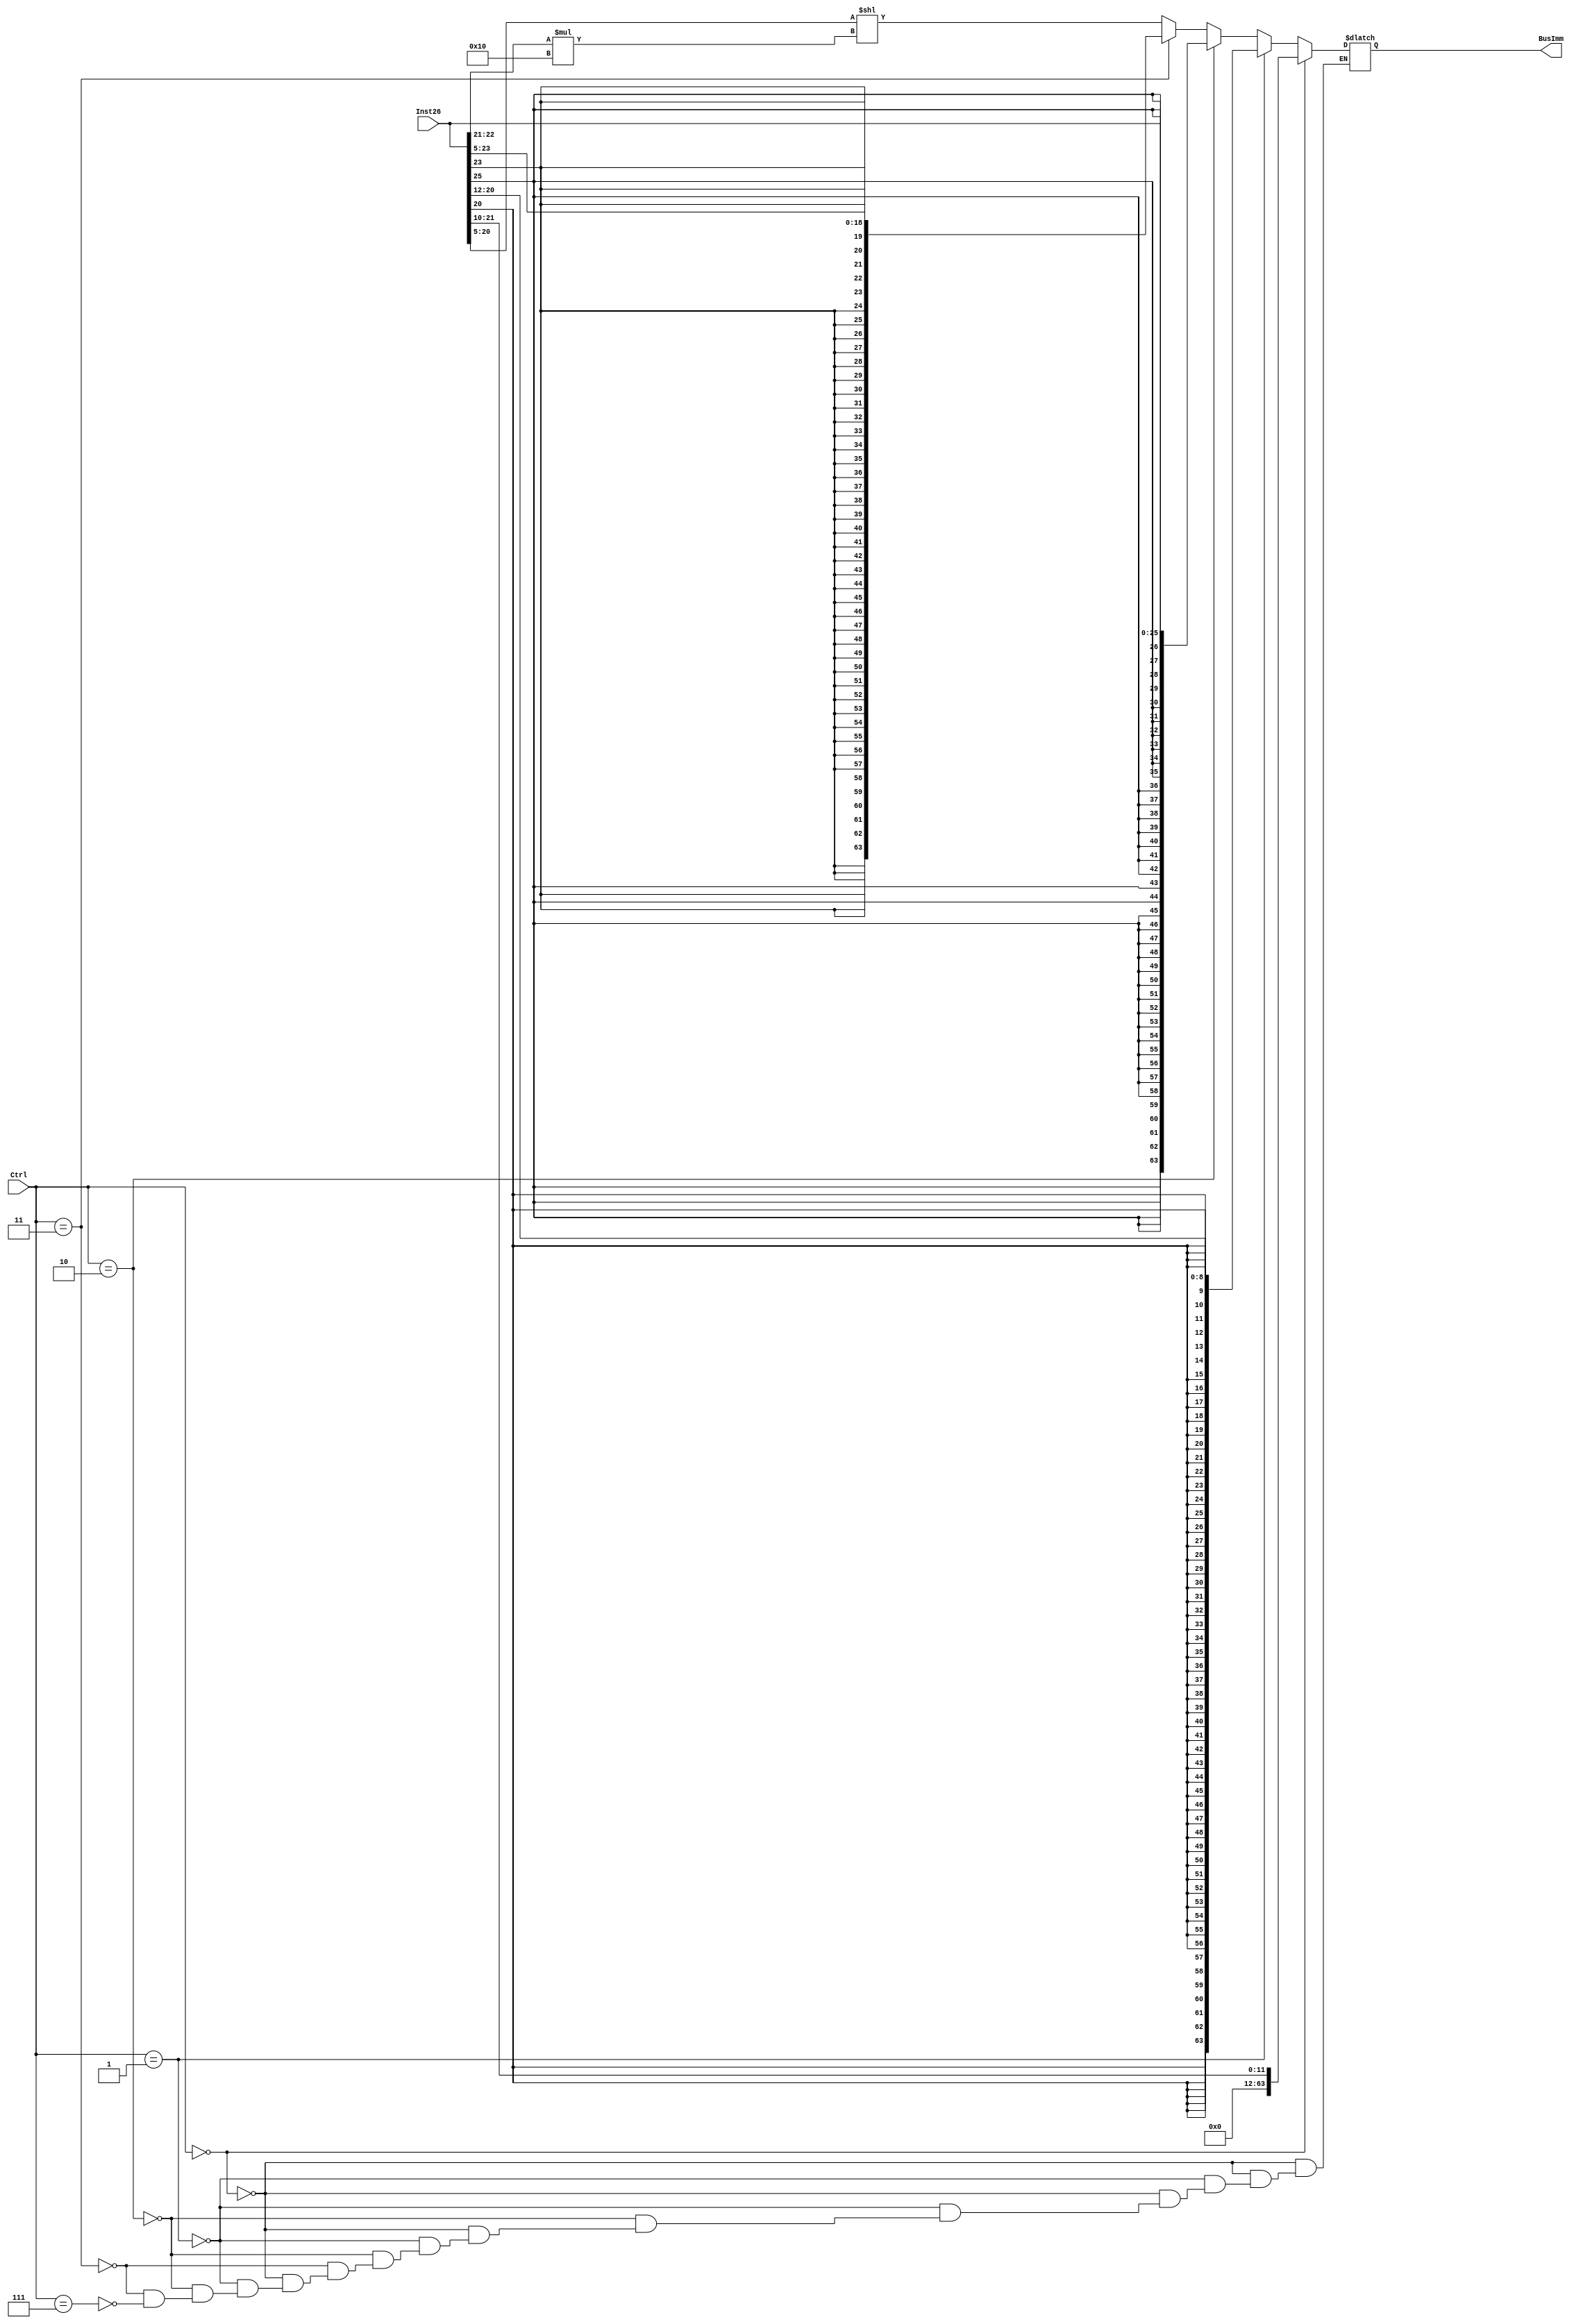
module SignExtender(BusImm, Inst26, Ctrl);
	output reg [63:0] BusImm;
	input [25:0] Inst26; 
	input [2:0] Ctrl; 

	reg extBit; 
//	assign extBit = (Ctrl ? 1'b0 : Inst26[25]); 
//	assign BusImm = {{26{extBit}}, Inst26}; 
	always@(*)
	begin
	if (Ctrl == 3'b000) //I type
		begin
			extBit = 1'b0;
			BusImm = {{52{extBit}}, Inst26[21:10]};
		end
	else if (Ctrl == 3'b001) //D type
		begin
			extBit = Inst26[20];
			BusImm = {{55{extBit}}, Inst26[20:12]};	
		end
	else if (Ctrl == 3'b010) //B
		begin
			extBit = Inst26[25];
			BusImm = {{38{extBit}}, Inst26[25:0]};
            //$display("extBit = %h, BusImm = %h\n", extBit, BusImm);
		end
	else if (Ctrl == 3'b011) //CBZ
		begin
			extBit = Inst26[23];
			BusImm = {{45{extBit}}, Inst26[23:5]};
		end
//	else 
	else if (Ctrl == 3'b111) //CBZ
		begin
			extBit = Inst26[23];
			BusImm = {48'b0,Inst26[20:5]} << (Inst26[22:21] * 16);
		end
	end
endmodule